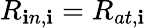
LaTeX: R_{\mathbf{i}n,\mathbf{i}}=R_{at,\mathbf{i}}